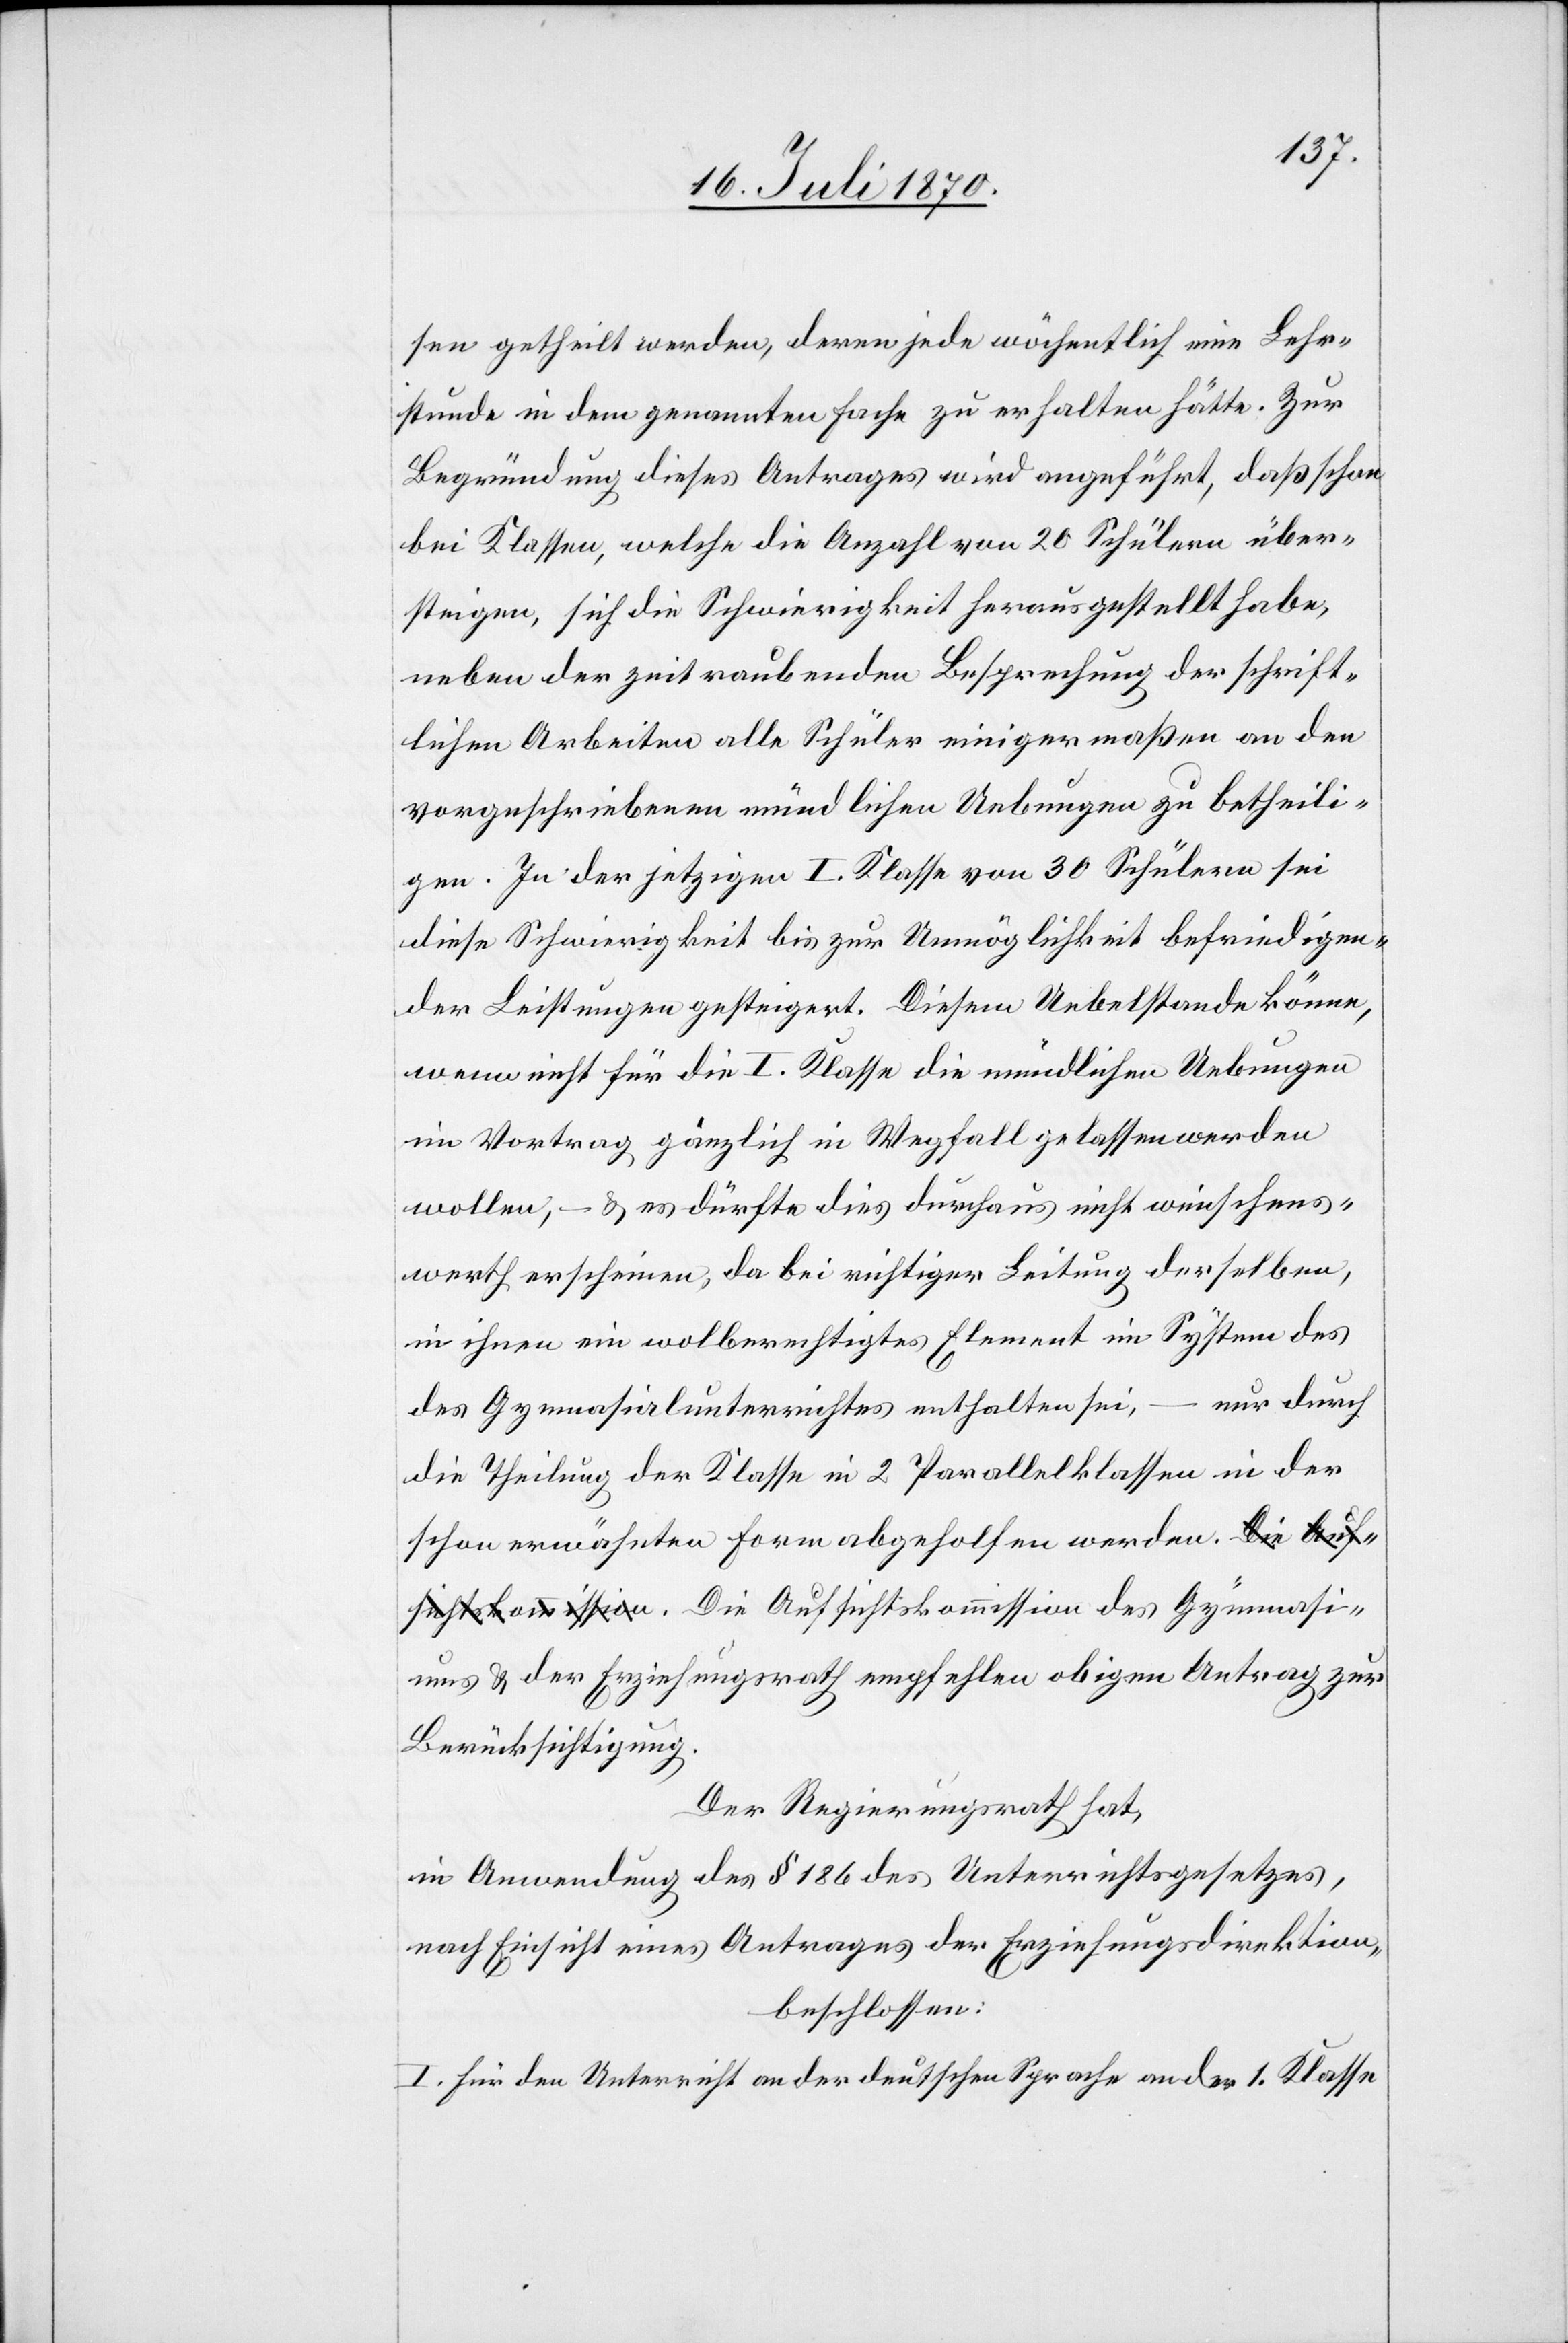
sen getheilt werden, deren jede wöchentlich eine Lehr¬
stunde in dem genannten Fache zu erhalten hätte. Zur
Begründung dieses Antrages wird angeführt, daß schon
bei Klassen, welche die Anzahl von 20 Schülern über¬
steigen, sich die Schwierigkeit herausgestellt habe,
neben der zeitraubenden Besprechung der schrift¬
lichen Arbeiten alle Schüler einigermaßen an den
vorgeschriebenen mündlichen Uebungen zu betheili¬
gen. In der jetzigen I. Klasse von 30 Schülern sei
diese Schwierigkeit bis zur Unmöglichkeit befriedigen¬
der Leistungen gesteigert. Diesem Uebelstande könne,
wenn nicht für die I. Klasse die mündlichen Uebungen
im Vortrag gänzliche in Wegfall gelassen werden
wollen, – & es dürfte dies durchaus nicht wünschens¬
werth erscheinen, da bei richtiger Leitung derselben,
in ihnen ein wolberechtigtes Element im System des
– nur durch
Gymnasialunterrichtes enthalten sei,
die Theilung der Klasse in 2 Parallelklassen in der
schon erwähnten Form abgeholfen werden. a-Die Auf¬
sichtskommission-a. Die Aufsichtskommission des Gymnasi¬
ums & der Erziehungsrath empfehlen obigen Antrag zur
Berücksichtigung.
Der Regierungsrath hat,
in Anwendung des § 186 des Unterrichtsgesetzes,
nach Einsicht eines Antrages der Erziehungsdirektion,
beschlossen:
I. Für den Unterricht an der deutschen Sprache an der 1. Klasse